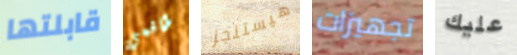
قابلتها طاقمي هيستنجز تجهيزات عليك